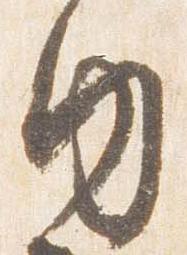
内